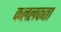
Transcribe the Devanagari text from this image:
कललकत्ता